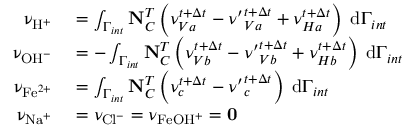
\begin{array} { r l } { \mathbf { \upnu } _ { \mathrm { H } ^ { + } } } & { { } = \int _ { \Gamma _ { i n t } } \mathbf { N } _ { C } ^ { T } \left( \nu _ { V a } ^ { t + \Delta t } - { \nu ^ { \prime } } _ { V a } ^ { t + \Delta t } + \nu _ { H a } ^ { t + \Delta t } \right) \; \mathrm { d } \Gamma _ { i n t } } \\ { \mathbf { \upnu } _ { \mathrm { O H } ^ { - } } } & { { } = - \int _ { \Gamma _ { i n t } } \mathbf { N } _ { C } ^ { T } \left( \nu _ { V b } ^ { t + \Delta t } - { \nu ^ { \prime } } _ { V b } ^ { t + \Delta t } + \nu _ { H b } ^ { t + \Delta t } \right) \; \mathrm { d } \Gamma _ { i n t } } \\ { \mathbf { \upnu } _ { \mathrm { F e } ^ { 2 + } } } & { { } = \int _ { \Gamma _ { i n t } } \mathbf { N } _ { C } ^ { T } \left( \nu _ { c } ^ { t + \Delta t } - { \nu ^ { \prime } } _ { c } ^ { t + \Delta t } \right) \; \mathrm { d } \Gamma _ { i n t } } \\ { \mathbf { \upnu } _ { \mathrm { N a } ^ { + } } } & { { } = \nu _ { \mathrm { C l } ^ { - } } = \nu _ { \mathrm { F e O H } ^ { + } } = \mathbf { 0 } } \end{array}